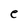
Character: e